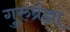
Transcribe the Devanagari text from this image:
गुरुर्ब्रह्मा